Problem: 9 × 3 = ?
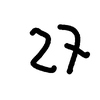
Handwritten answer: 27